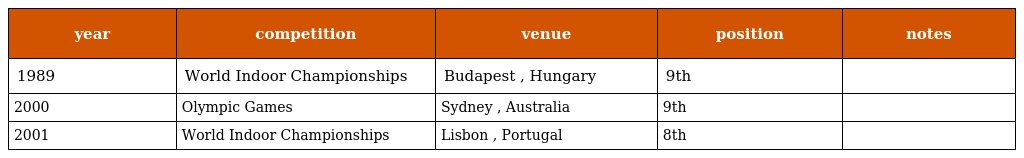
| year | competition | venue | position | notes |
 | --- | --- | --- | --- | --- |
 | 1989 | World Indoor Championships | Budapest , Hungary | 9th |  |
 | 2000 | Olympic Games | Sydney , Australia | 9th |  |
 | 2001 | World Indoor Championships | Lisbon , Portugal | 8th |  |